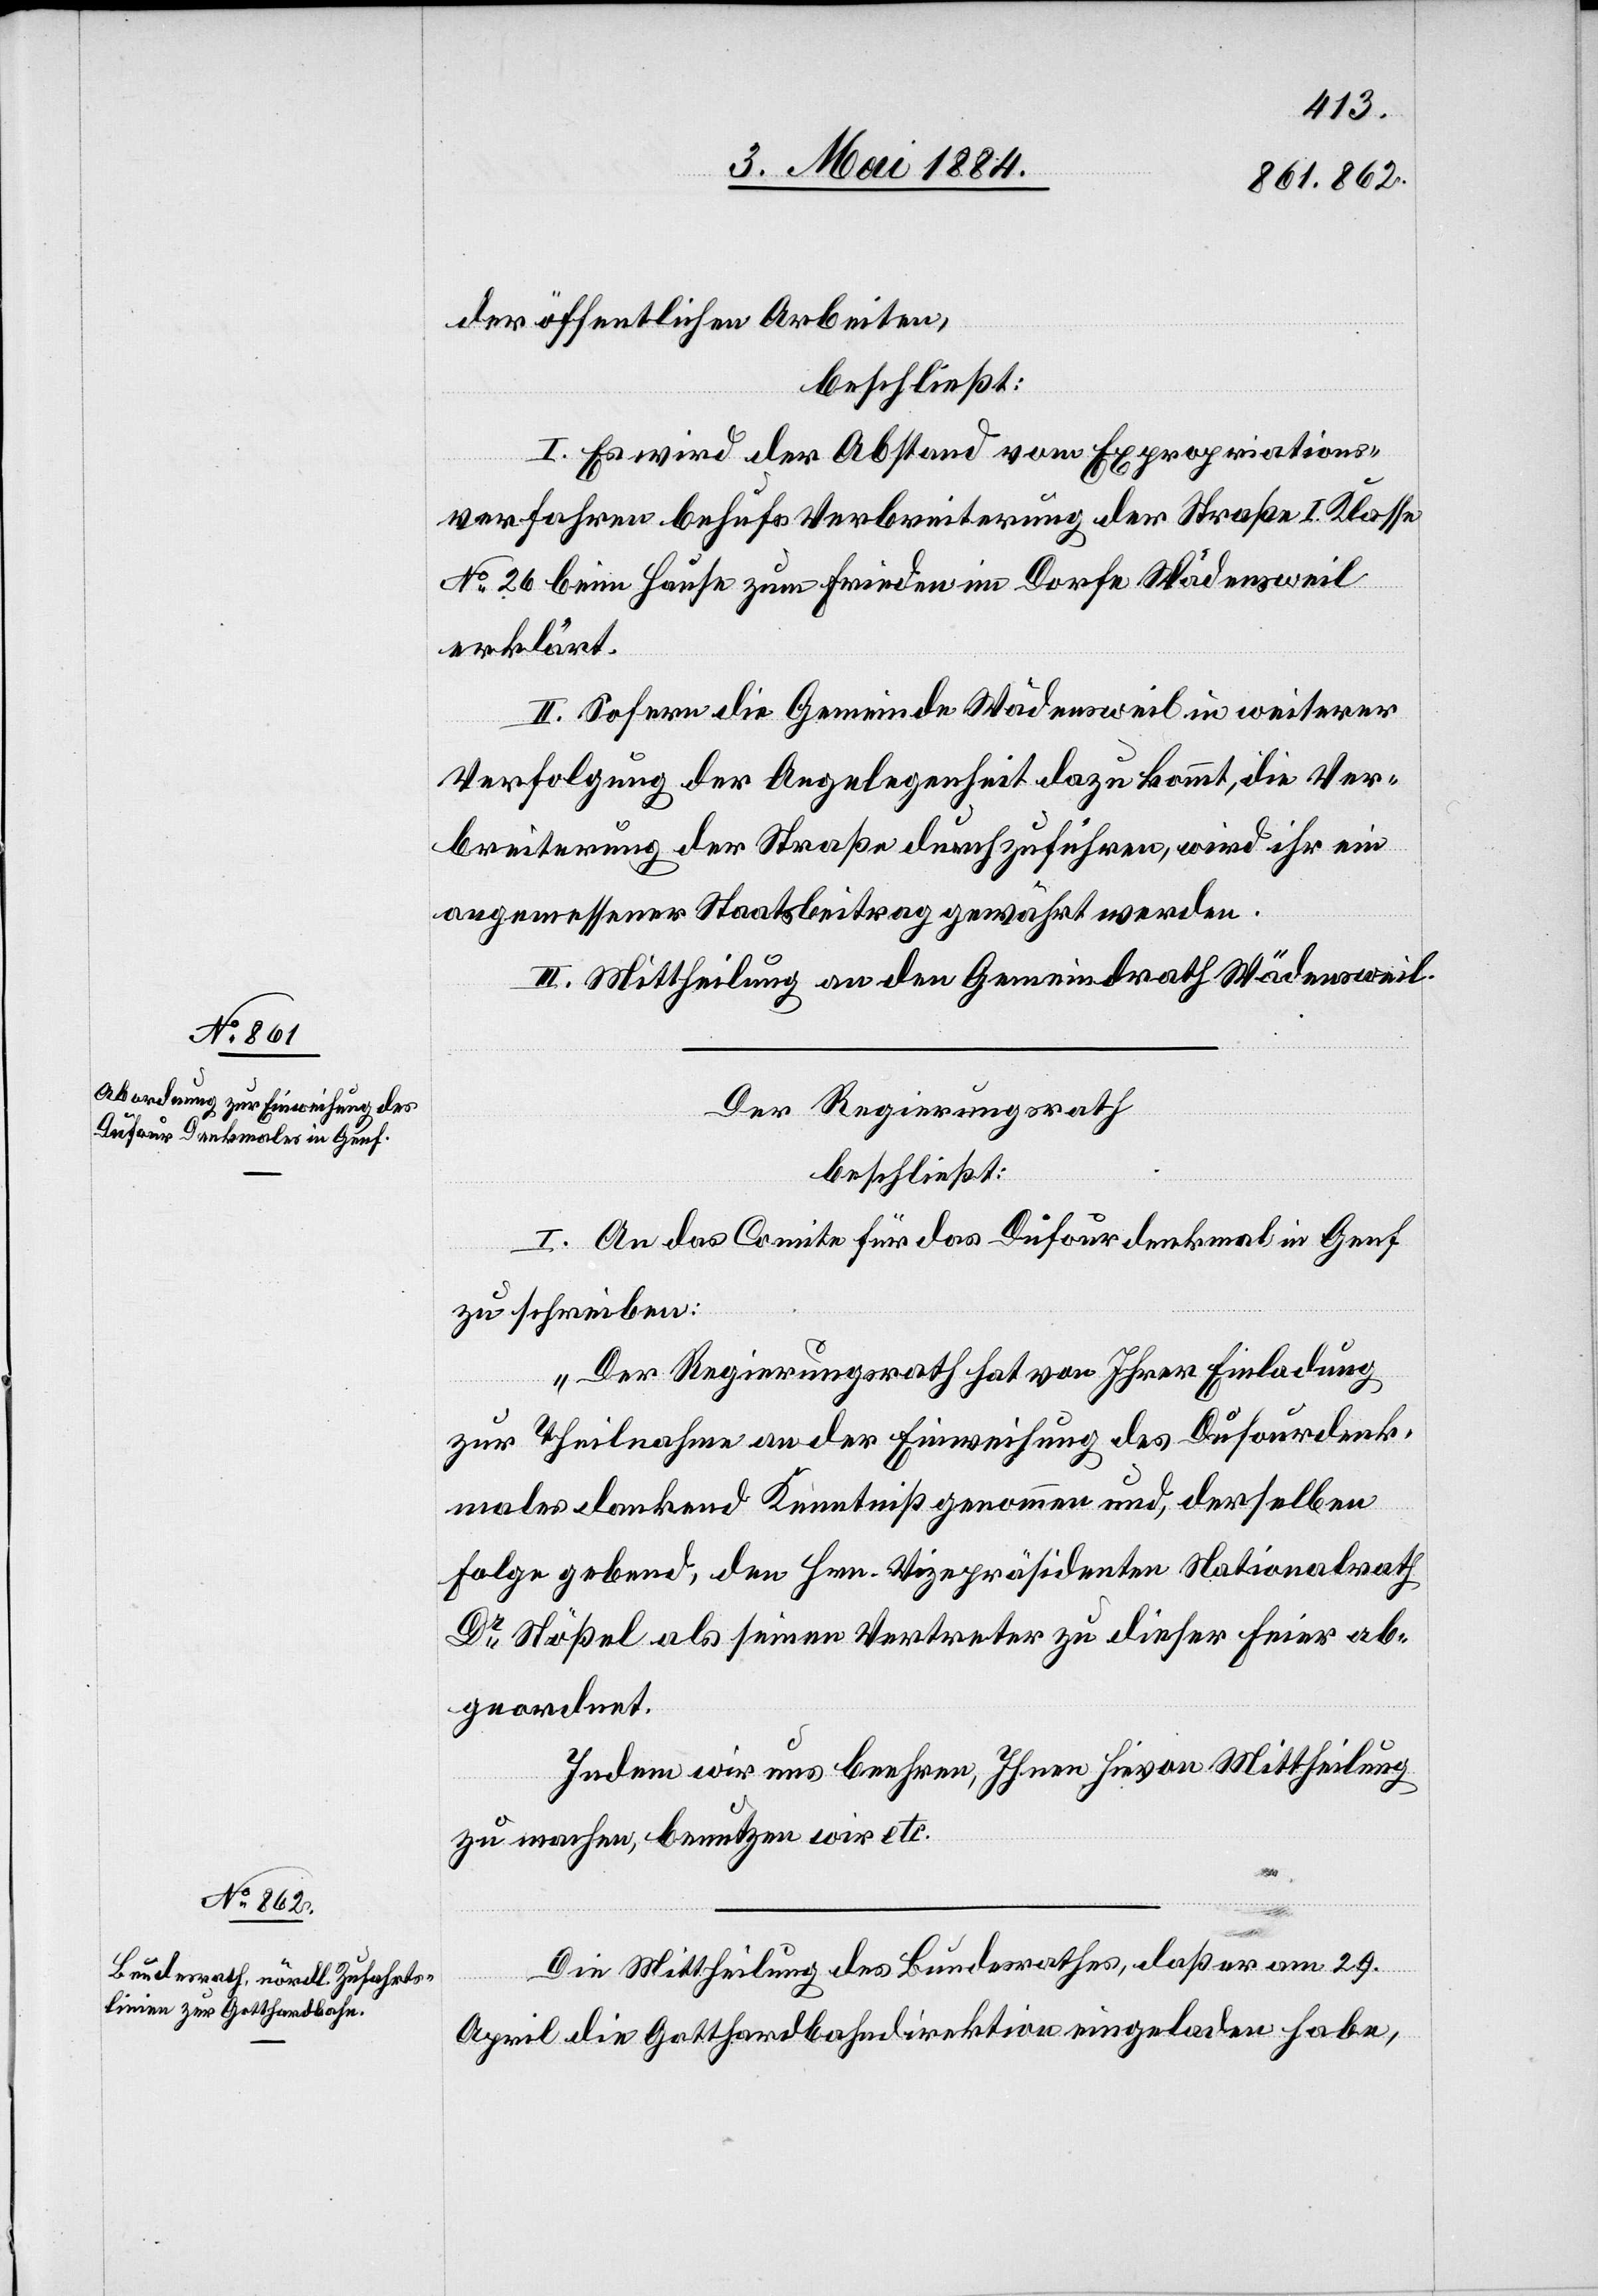
der öffentlichen Arbeiten,
beschließt:
I. Es wird der Abstand vom Expropriations¬
verfahren behufs Verbreiterung der Straße I. Klasse
No 26 beim Hause zum Frieden im Dorfe Wädensweil
erklärt.
II. Sofern die Gemeinde Wädensweil in weiterer
Verfolgung der Angelegenheit dazu kommt, die Ver¬
breiterung der Straße durchzuführen, wird ihr ein
angemessener Staatsbeitrag gewährt werden.
III. Mittheilung an den Gemeindrath Wädensweil.
Der Regierungsrath
beschließt:
I. An das Comite für das Dufourdenkmal in Genf
zu schreiben:
„Der Regierungsrath hat von Ihrer Einladung
zur Theilnahme an der Einweihung des Dufourdenk¬
mals dankend Kenntniß genommen und, derselben
Folge gebend, den Hrn. Vizepräsidenten Nationalrath
Dr Stößel als seinen Vertreter zu dieser Feier ab¬
geordnet.
Indem wir uns beehren, Ihnen hievon Mittheilung
zu machen, benutzen wir etc.
Die Mittheilung des Bundesrathes, daß er am 29.
April die Gotthardbahndirektion eingeladen habe,